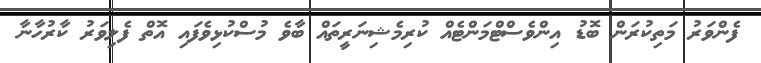
ފެންވަރު މަތިކުރަން ބޮޑު އިންވެސްޓްމަންޓެއް ކުރިމެޝިނަރީތައް ބާވެ މުސްކުޅިވެފައި އޮތް ފެލިވަރު ކާރުހާނާ